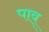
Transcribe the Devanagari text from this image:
पाव्